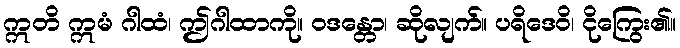
ဣတိ ဣမံ ဂါထံ၊ ဤဂါထာကို။ ဝဒန္တော၊ ဆိုလျက်။ ပရိဒေဝိ၊ ငိုကြွေး၏။